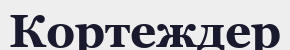
Кортеждер